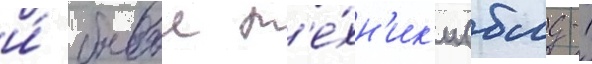
и́ боевои т'е́хн'ик'и (бмд-1